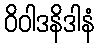
ဝိဝါဒနိဒါနံ